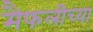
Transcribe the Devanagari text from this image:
मैफलीच्या